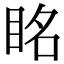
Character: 眳